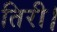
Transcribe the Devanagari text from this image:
तिरी।